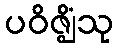
ပဝိဇ္ဈိံသု